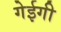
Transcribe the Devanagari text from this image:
गेईगी